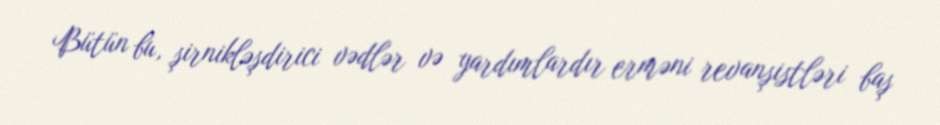
Bütün bu, şirnikləşdirici vədlər və yardımlardır erməni revanşistləri baş